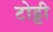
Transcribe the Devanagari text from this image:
टोट्टी